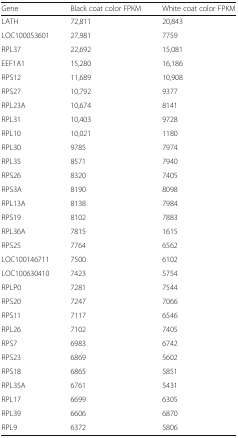
| Gene | Black coat color FPKM | White coat color FPKM |
 | --- | --- | --- |
 | LATH | 72,811 | 20,843 |
 | LOC100053601 | 27,981 | 7759 |
 | RPL37 | 22,692 | 15,081 |
 | EEF1A1 | 15,280 | 16,186 |
 | RPS12 | 11,689 | 10,908 |
 | RPS27 | 10,792 | 9377 |
 | RPL23A | 10,674 | 8141 |
 | RPL31 | 10,403 | 9728 |
 | RPL10 | 10,021 | 1180 |
 | RPL30 | 9785 | 7974 |
 | RPL35 | 8571 | 7940 |
 | RPS26 | 8320 | 7405 |
 | RPS3A | 8190 | 8098 |
 | RPL13A | 8138 | 7984 |
 | RPS19 | 8102 | 7883 |
 | RPL36A | 7815 | 1615 |
 | RPS25 | 7764 | 6562 |
 | LOC100146711 | 7500 | 6102 |
 | LOC100630410 | 7423 | 5754 |
 | RPLP0 | 7281 | 7544 |
 | RPS20 | 7247 | 7066 |
 | RPS11 | 7117 | 6546 |
 | RPL26 | 7102 | 7405 |
 | RPS7 | 6983 | 6742 |
 | RPS23 | 6869 | 5602 |
 | RPS18 | 6865 | 5851 |
 | RPL35A | 6761 | 5431 |
 | RPL17 | 6699 | 6305 |
 | RPL39 | 6606 | 6870 |
 | RPL9 | 6372 | 5806 |